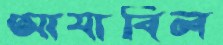
আযাবিল